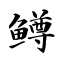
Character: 鳟